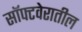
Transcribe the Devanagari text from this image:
सॉफ्टवेरातील